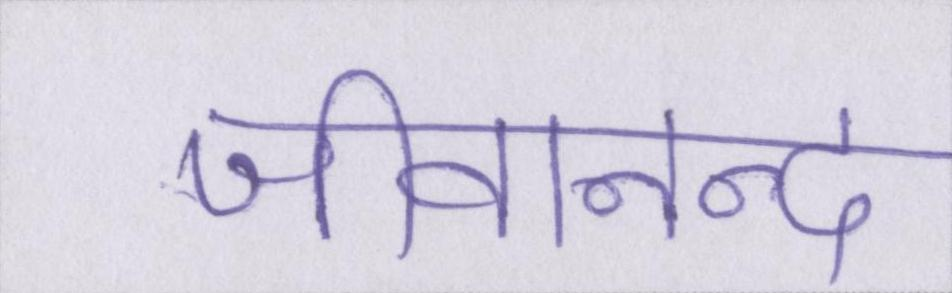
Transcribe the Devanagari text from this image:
जीवानन्द